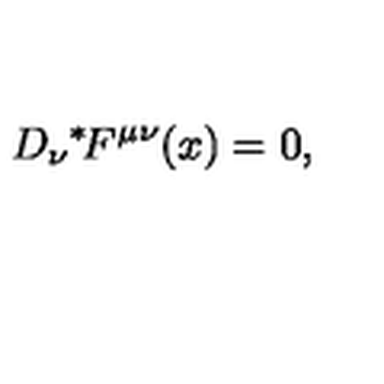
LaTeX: D _ { \nu } \mathrm { \mathrm { } ^ * \! } F ^ { \mu \nu } ( x ) = 0 ,